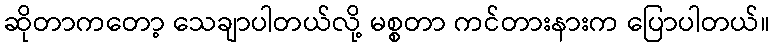
ဆိုတာကတော့ သေချာပါတယ်လို့ မစ္စတာ ကင်တားနားက ပြောပါတယ်။